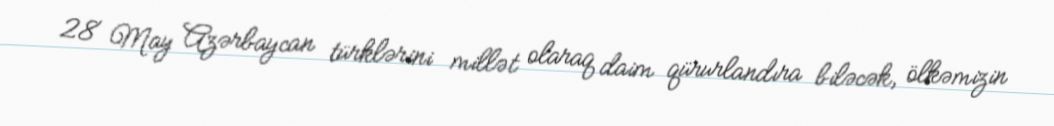
28 May Azərbaycan türklərini millət olaraq daim qürurlandıra biləcək, ölkəmizin